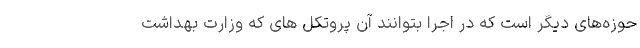
حوزه‌های دیگر است که در اجرا بتوانند آن پروتکل های که وزارت بهداشت